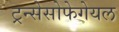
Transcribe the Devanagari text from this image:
ट्रन्सेसोफेगेयल